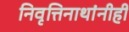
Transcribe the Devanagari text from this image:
निवृत्तिनाथांनीही